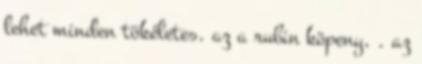
lehet minden tökéletes. az a rubin köpeny, . az